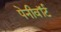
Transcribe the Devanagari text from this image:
पेनीवॉर्ट